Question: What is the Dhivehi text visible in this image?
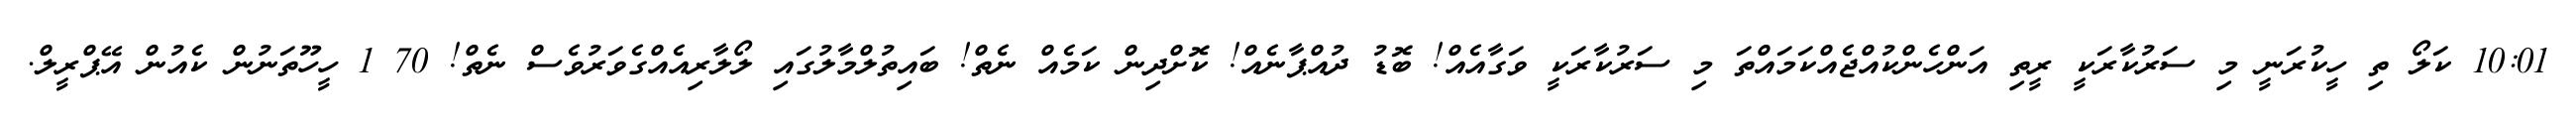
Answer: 10:01 ކަލޯ ތި ހީކުރަނީ މި ސަރުކާރަކީ ރީތި އަންހެންކުއްޖެއްކަމައްތަ މި ސަރުކާރަކީ ވަގާއެއް! ބޮޑު ދުއްޕާނެއް! ކޮށްދިން ކަމެއް ނެތް! ބައިތުލްމާލުގައި ލޯލާރިއެއްގެވަރުވެސް ނެތް! 70 1 ހީހޫތަނުން ކެއުން އޭޕްރީލް.